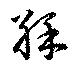
綵